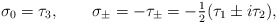
\begin{align*}\sigma_0 = \tau_3,\qquad\sigma_\pm = - \tau_\pm = - \hbox{$\frac{1}{2}$} (\tau_1 \pm i \tau_2),\end{align*}